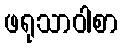
ဖရုသာဝါစာ